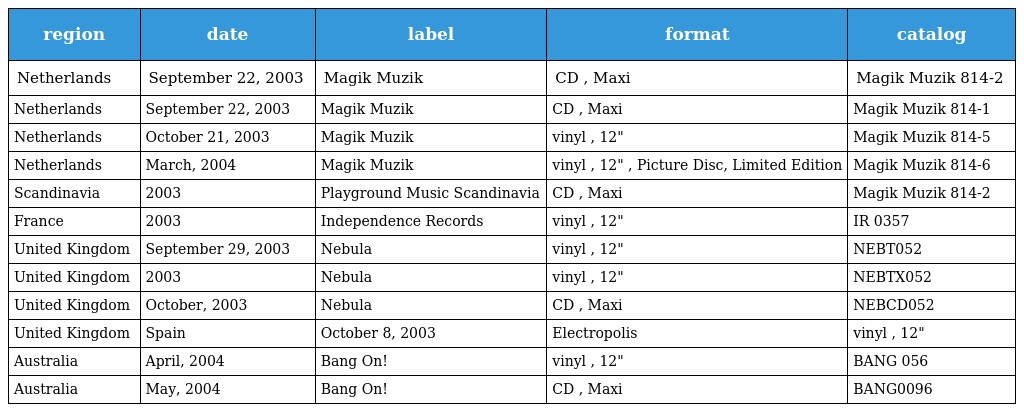
| region | date | label | format | catalog |
 | --- | --- | --- | --- | --- |
 | Netherlands | September 22, 2003 | Magik Muzik | CD , Maxi | Magik Muzik 814-2 |
 | Netherlands | September 22, 2003 | Magik Muzik | CD , Maxi | Magik Muzik 814-1 |
 | Netherlands | October 21, 2003 | Magik Muzik | vinyl , 12" | Magik Muzik 814-5 |
 | Netherlands | March, 2004 | Magik Muzik | vinyl , 12" , Picture Disc, Limited Edition | Magik Muzik 814-6 |
 | Scandinavia | 2003 | Playground Music Scandinavia | CD , Maxi | Magik Muzik 814-2 |
 | France | 2003 | Independence Records | vinyl , 12" | IR 0357 |
 | United Kingdom | September 29, 2003 | Nebula | vinyl , 12" | NEBT052 |
 | United Kingdom | 2003 | Nebula | vinyl , 12" | NEBTX052 |
 | United Kingdom | October, 2003 | Nebula | CD , Maxi | NEBCD052 |
 | United Kingdom | Spain | October 8, 2003 | Electropolis | vinyl , 12" |
 | Australia | April, 2004 | Bang On! | vinyl , 12" | BANG 056 |
 | Australia | May, 2004 | Bang On! | CD , Maxi | BANG0096 |